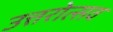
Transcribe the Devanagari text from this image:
उत्तरोत्सव